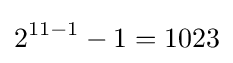
2^{11-1}-1=1023